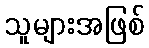
သူများအဖြစ်